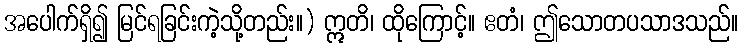
အပေါက်ရှိ၍ မြင်ရခြင်းကဲ့သို့တည်း။) ဣတိ၊ ထိုကြောင့်။ ဧတံ၊ ဤသောတပသာဒသည်။